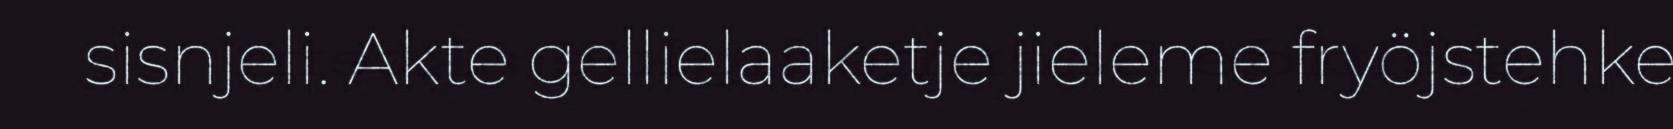
sisnjeli. Akte gellielaaketje jieleme fryöjstehke